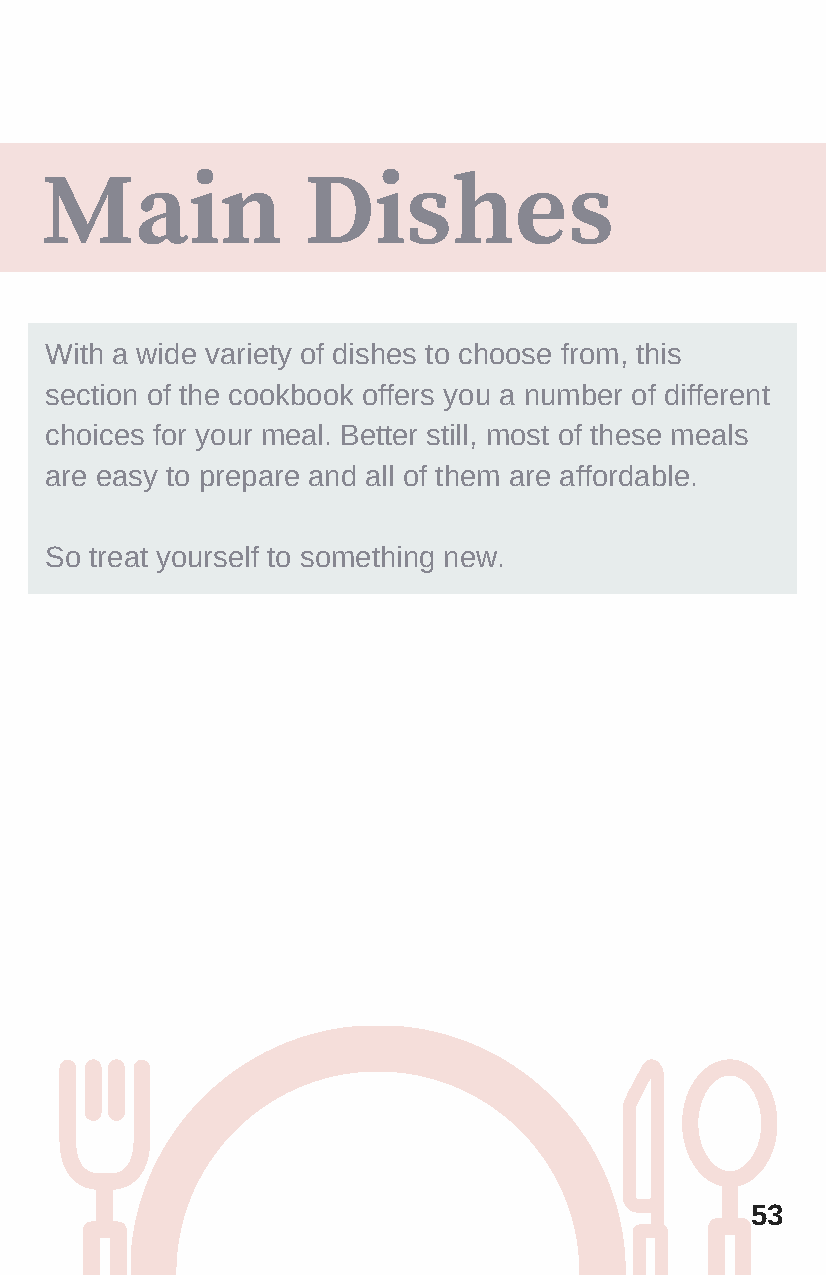
Main             Dishes
 With a wide variety of dishes to choose from, this
 section of the cookbook offers you a number of different
 choices for your meal. Better still, most of these meals
 are easy to prepare and all of them are affordable.
 So treat yourself to something new.
 53